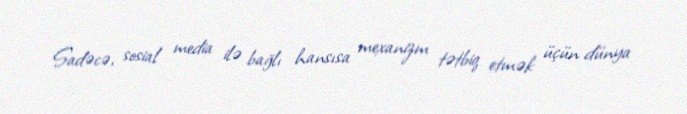
Sadəcə, sosial media ilə bağlı hansısa mexanizm tətbiq etmək üçün dünya